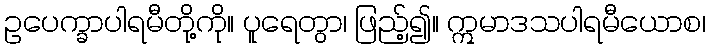
ဥပေက္ခာပါရမီတို့ကို။ ပူရေတွာ၊ ဖြည့်၍။ ဣမာဒသပါရမီယောစ၊